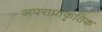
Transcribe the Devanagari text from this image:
अपराप्राकृतिक